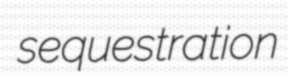
sequestration